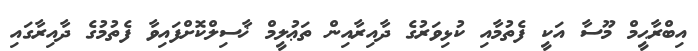
އިބްރާޙީމް މޫސާ އަކީ ފެތުމާއި ކުޅިވަރުގެ ދާއިރާއިން ތަޢުލީމް ޚާސިލްކޮށްފައިވާ ފެތުމުގެ ދާއިރާގައި